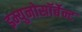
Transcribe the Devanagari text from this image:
इम्युनोसॉर्बेन्ट